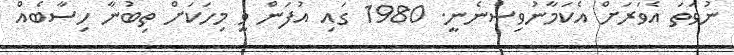
ނުވަތަ އެވަރަށް އެކަމާނުވިސްނެނީ. 1980 ގައި އުފަން ވީ މިހަކަށް ތިބުނާ ހިސާބެއް